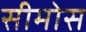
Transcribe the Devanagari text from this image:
सीमोस